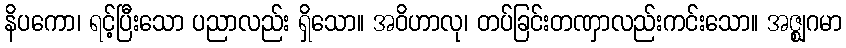
နိပကော၊ ရင့်ပြီးသော ပညာလည်း ရှိသော။ အဝိဟာလု၊ တပ်ခြင်းတဏှာလည်းကင်းသော။ အဇ္ဈဂမာ